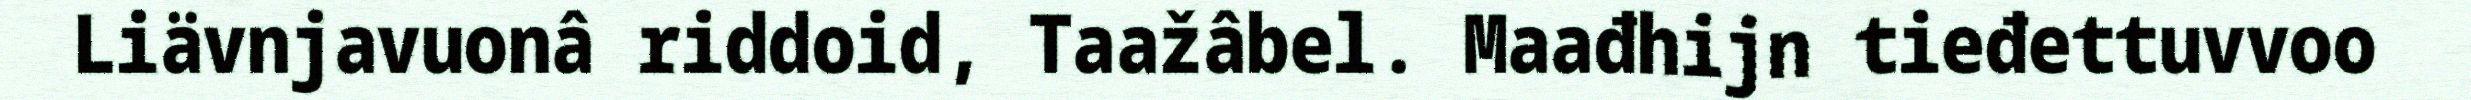
Liävnjavuonâ riddoid, Taažâbel. Maađhijn tieđettuvvoo